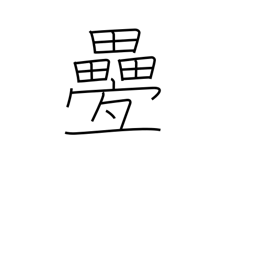
Meaning: repetitious